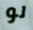
لو